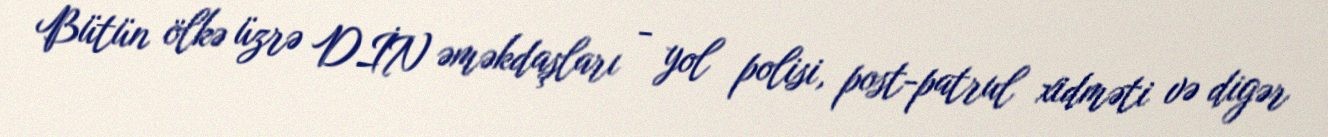
Bütün ölkə üzrə DİN əməkdaşları - yol polisi, post-patrul xidməti və digər